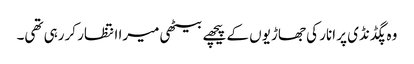
وہ پگڈنڈی پر انار کی جھاڑیوں کے پیچھے بیٹھی میرا انتظار کررہی تھی۔